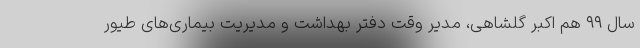
سال ۹۹ هم اکبر گلشاهی، مدیر وقت دفتر بهداشت و مدیریت بیماری‌های طیور